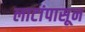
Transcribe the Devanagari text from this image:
लाटांपासून